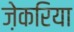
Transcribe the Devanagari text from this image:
ज़ेकरिया